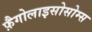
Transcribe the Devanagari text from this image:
फ़ैगोलाइसोसोम्स